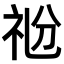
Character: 𥘶